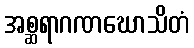
အစ္ဆရာဂဏဃောသိတံ